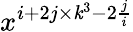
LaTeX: x^{i+2j\times\mathit{k}^{3}-2\frac{{j}}{{i}}}